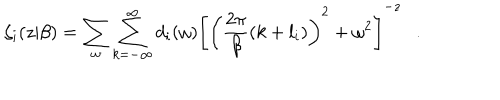
LaTeX: \zeta _ { i } ( z | \beta ) = \sum _ { \omega } \sum _ { k = - \infty } ^ { \infty } d _ { i } ( \omega ) \left[ \left( { \frac { 2 \pi } { \beta } } ( k + l _ { i } ) \right) ^ { 2 } + \omega ^ { 2 } \right] ^ { - z } .